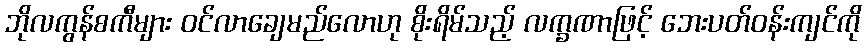
ဘိုလကွန်စကီများ ဝင်လာချေမည်လောဟု စိုးရိမ်သည့် လက္ခဏာဖြင့် ဘေးပတ်ဝန်းကျင်ကို